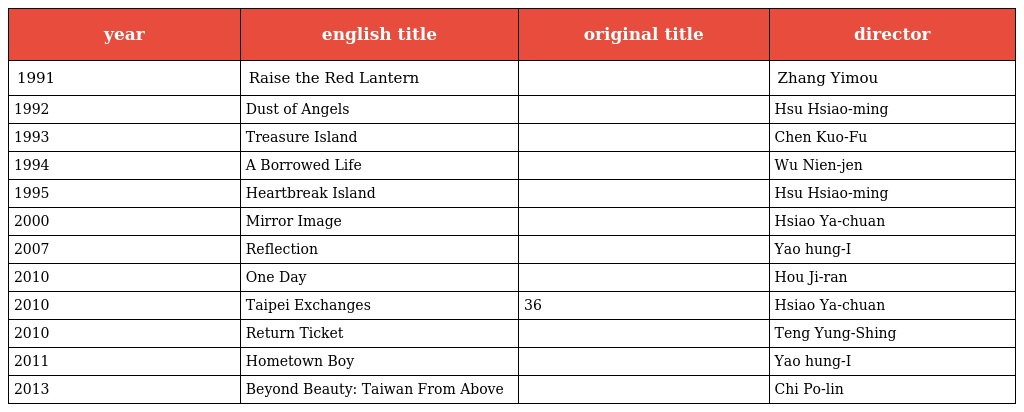
| year | english title | original title | director |
 | --- | --- | --- | --- |
 | 1991 | Raise the Red Lantern | 大紅燈籠高高掛 | Zhang Yimou |
 | 1992 | Dust of Angels | 少年吔，安啦 | Hsu Hsiao-ming |
 | 1993 | Treasure Island | 只要為你活一天 | Chen Kuo-Fu |
 | 1994 | A Borrowed Life | 多桑 | Wu Nien-jen |
 | 1995 | Heartbreak Island | 去年冬天 | Hsu Hsiao-ming |
 | 2000 | Mirror Image | 命帶追逐 | Hsiao Ya-chuan |
 | 2007 | Reflection | 愛麗絲的鏡子 | Yao hung-I |
 | 2010 | One Day | 有一天 | Hou Ji-ran |
 | 2010 | Taipei Exchanges | 第36個故事 | Hsiao Ya-chuan |
 | 2010 | Return Ticket | 到阜陽六百里 | Teng Yung-Shing |
 | 2011 | Hometown Boy | 金城小子 | Yao hung-I |
 | 2013 | Beyond Beauty: Taiwan From Above | 看見台灣 | Chi Po-lin |